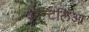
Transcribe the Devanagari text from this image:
अॅन्टिलिआ